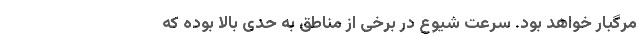
مرگبار خواهد بود. سرعت شیوع در برخی از مناطق به حدی بالا بوده که